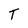
Character: T